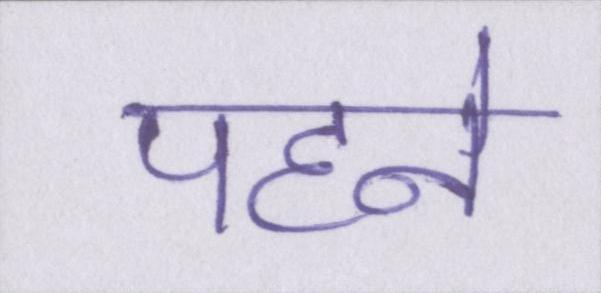
पहने